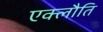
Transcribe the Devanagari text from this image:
एक्लौति